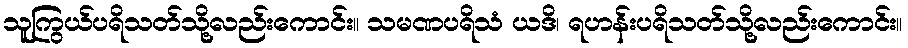
သူကြွယ်ပရိသတ်သို့လည်းကောင်း။ သမဏပရိသံ ယဒိ၊ ရဟန်းပရိသတ်သို့လည်းကောင်း။